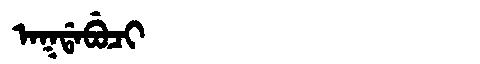
Manchu: ᠠᡴᡩᠠᠪᡠᠴᡳ
Romanization: AKDABUCI